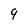
Character: 9